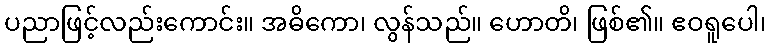
ပညာဖြင့်လည်းကောင်း။ အဓိကော၊ လွန်သည်။ ဟောတိ၊ ဖြစ်၏။ ဧဝရူပေါ၊